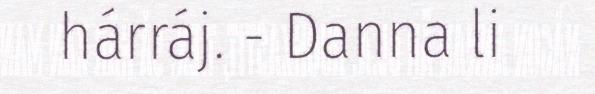
hárráj. - Danna li